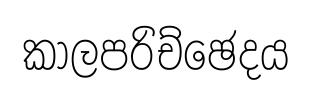
කාලපරිච්ඡෙදය